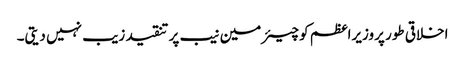
اخلاقی طور پروزیراعظم کو چیئرمین نیب پر تنقید زیب نہیں دیتی۔